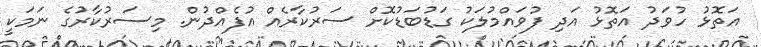
އަތޮޅު ހުވަދު އަތޮޅު އަދި ފުވައްމުލަކު ގަޑުބަޑުކޮށް ސަރުކާރެއް އުފެއްދުން. މިސަރުކާރުގެ ނަމަކީ